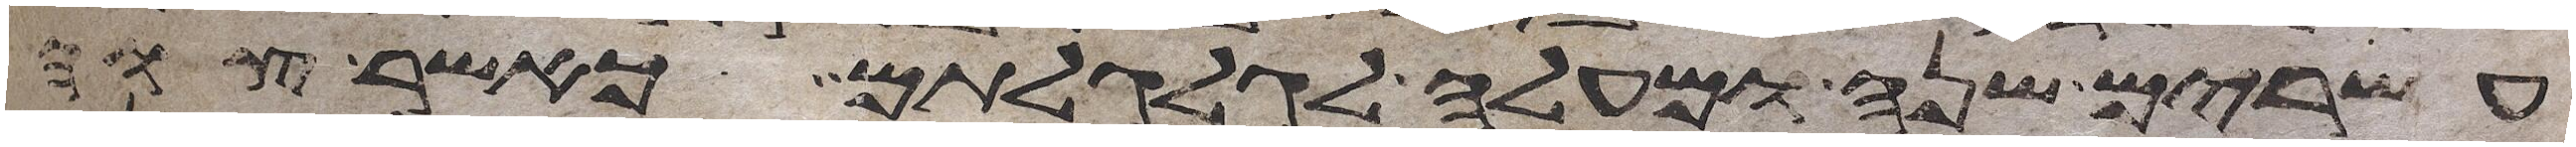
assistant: עשרים שנה ומעלה לגלגלותם כאשר צוה